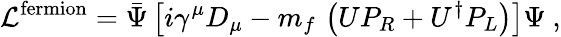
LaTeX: {\cal L}^{\mathrm{fermion}}=\bar{\Psi}\left[i\gamma^{\mu}D_{\mu}-m_{f}\, \left(UP_{R}+U^{\dagger}P_{L}\right)\right]\Psi\ ,